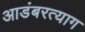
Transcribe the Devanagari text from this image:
आडंबरत्याग